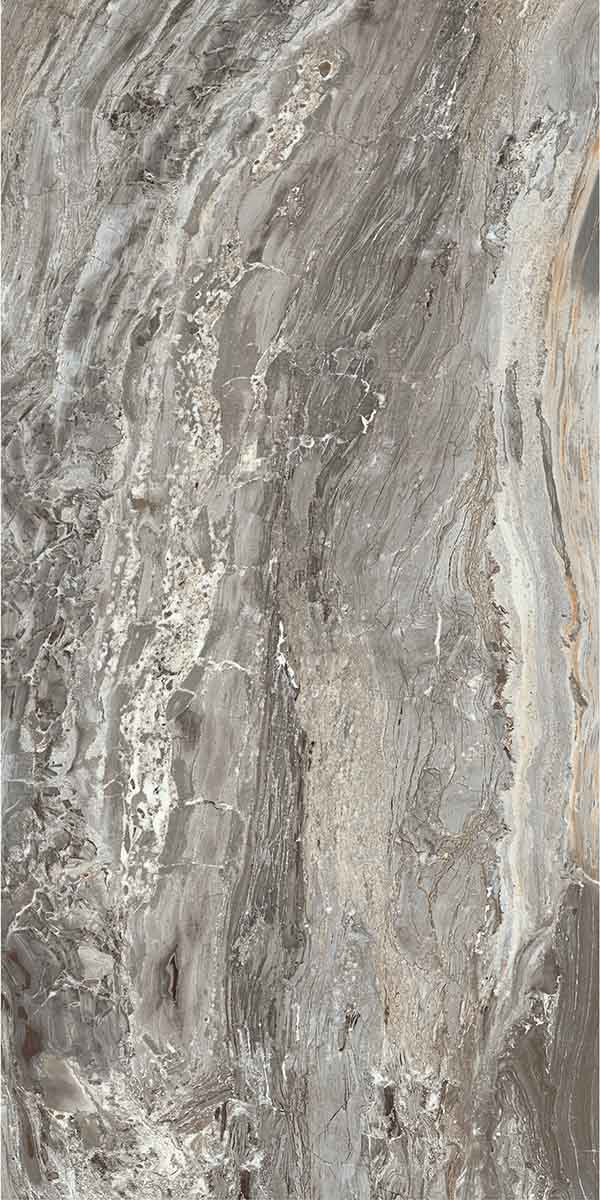
至若穷阴凝闭，凛冽海隅，积雪没胫，坚冰在须。